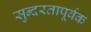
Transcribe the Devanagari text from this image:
सुन्दरतापूर्वक